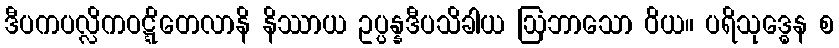
ဒီပကပလ္လိကဝဋ္ဋိတေလာနိ နိဿာယ ဥပ္ပန္နဒီပသိခါယ ဩဘာသော ဝိယ။ ပရိသုဒ္ဓေန စ